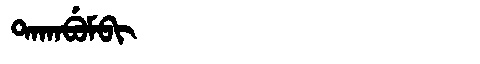
Manchu: ᡨᠠᡴᠠᠪᡠᠮᠪᡳ
Romanization: TAKABUMBI